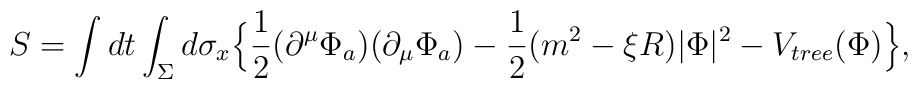
S=\int dt\int_{\Sigma}d\sigma_x                         \Big\lbrace\frac 1 2 (\partial^\mu\Phi_a)               (\partial_\mu\Phi_a) -\frac 1 2 (m^2-\xi R)|\Phi|^2-V_{tree}(\Phi)\Big               \rbrace,